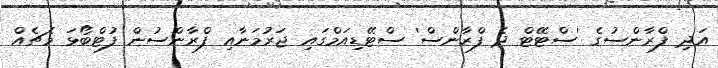
އަދި ފްރާންސުގެ 'ސްޓޭޓް ދެ ފްރާންސް' ސްޓޭޑިއަމްގައި ޖަރުމަނާއި ފްރާންސުން ފުޓްބޯޅަ މެޗެއް